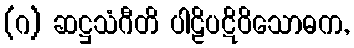
(ဂ) ဆဋ္ဌသံဂီတိ ပါဠိပဋိဝိသောဓက,